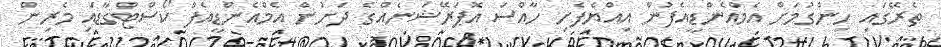
ތެރޭގައި ހިންގުމަށް އެމްއެންޑީއެފުން އިއްޔެފެށި ހާއްސަ އޮޕަރޭޝަނެއްގެ ދަށުން އެމްއެންޑީއެފް ކޯސްޓްގާޑައި މެރިން